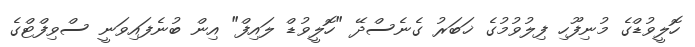
ހޮލީވުޑްގެ މުނިފޫހި ފިލުވުމުގެ ޚަބަރު ގެނެސްދޭ "ހޮލީވުޑް ލައިފް" އިން ބުނެފައިވަނީ ސްވިފްޓްގެ